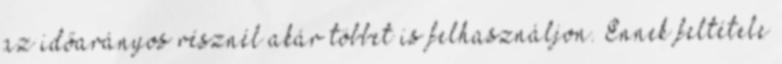
az időarányos résznél akár többet is felhasználjon. Ennek feltétele